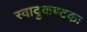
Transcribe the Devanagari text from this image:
स्वादुकण्टकः